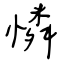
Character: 憐